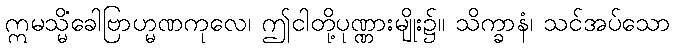
ဣမသ္မိံခေါဗြာဟ္မဏကုလေ၊ ဤငါတို့ပုဏ္ဏားမျိုး၌။ သိက္ခာနံ၊ သင်အပ်သော